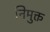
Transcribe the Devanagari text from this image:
निमुक्त